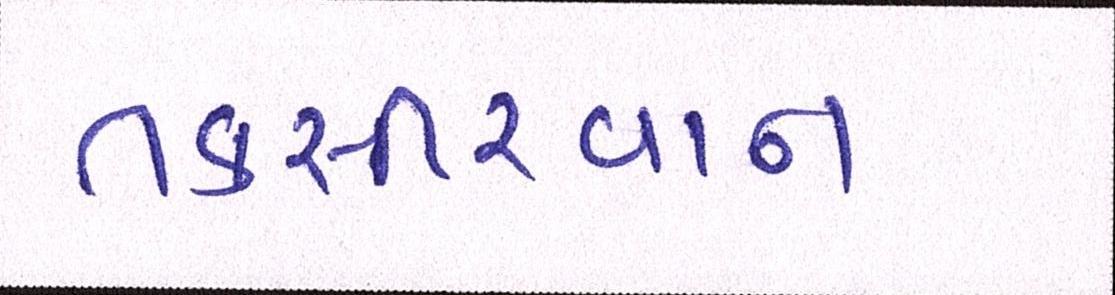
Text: તકસીરવાન